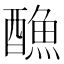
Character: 𨢭